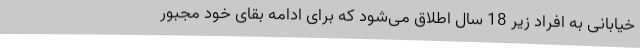
خیابانی به افراد زیر 18 سال اطلاق می‌شود که برای ادامه بقای خود مجبور